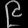
Digit: ၉